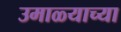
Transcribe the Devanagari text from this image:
उमाळ्याच्या